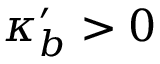
\kappa _ { b } ^ { \prime } > 0